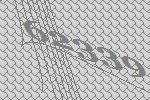
62339